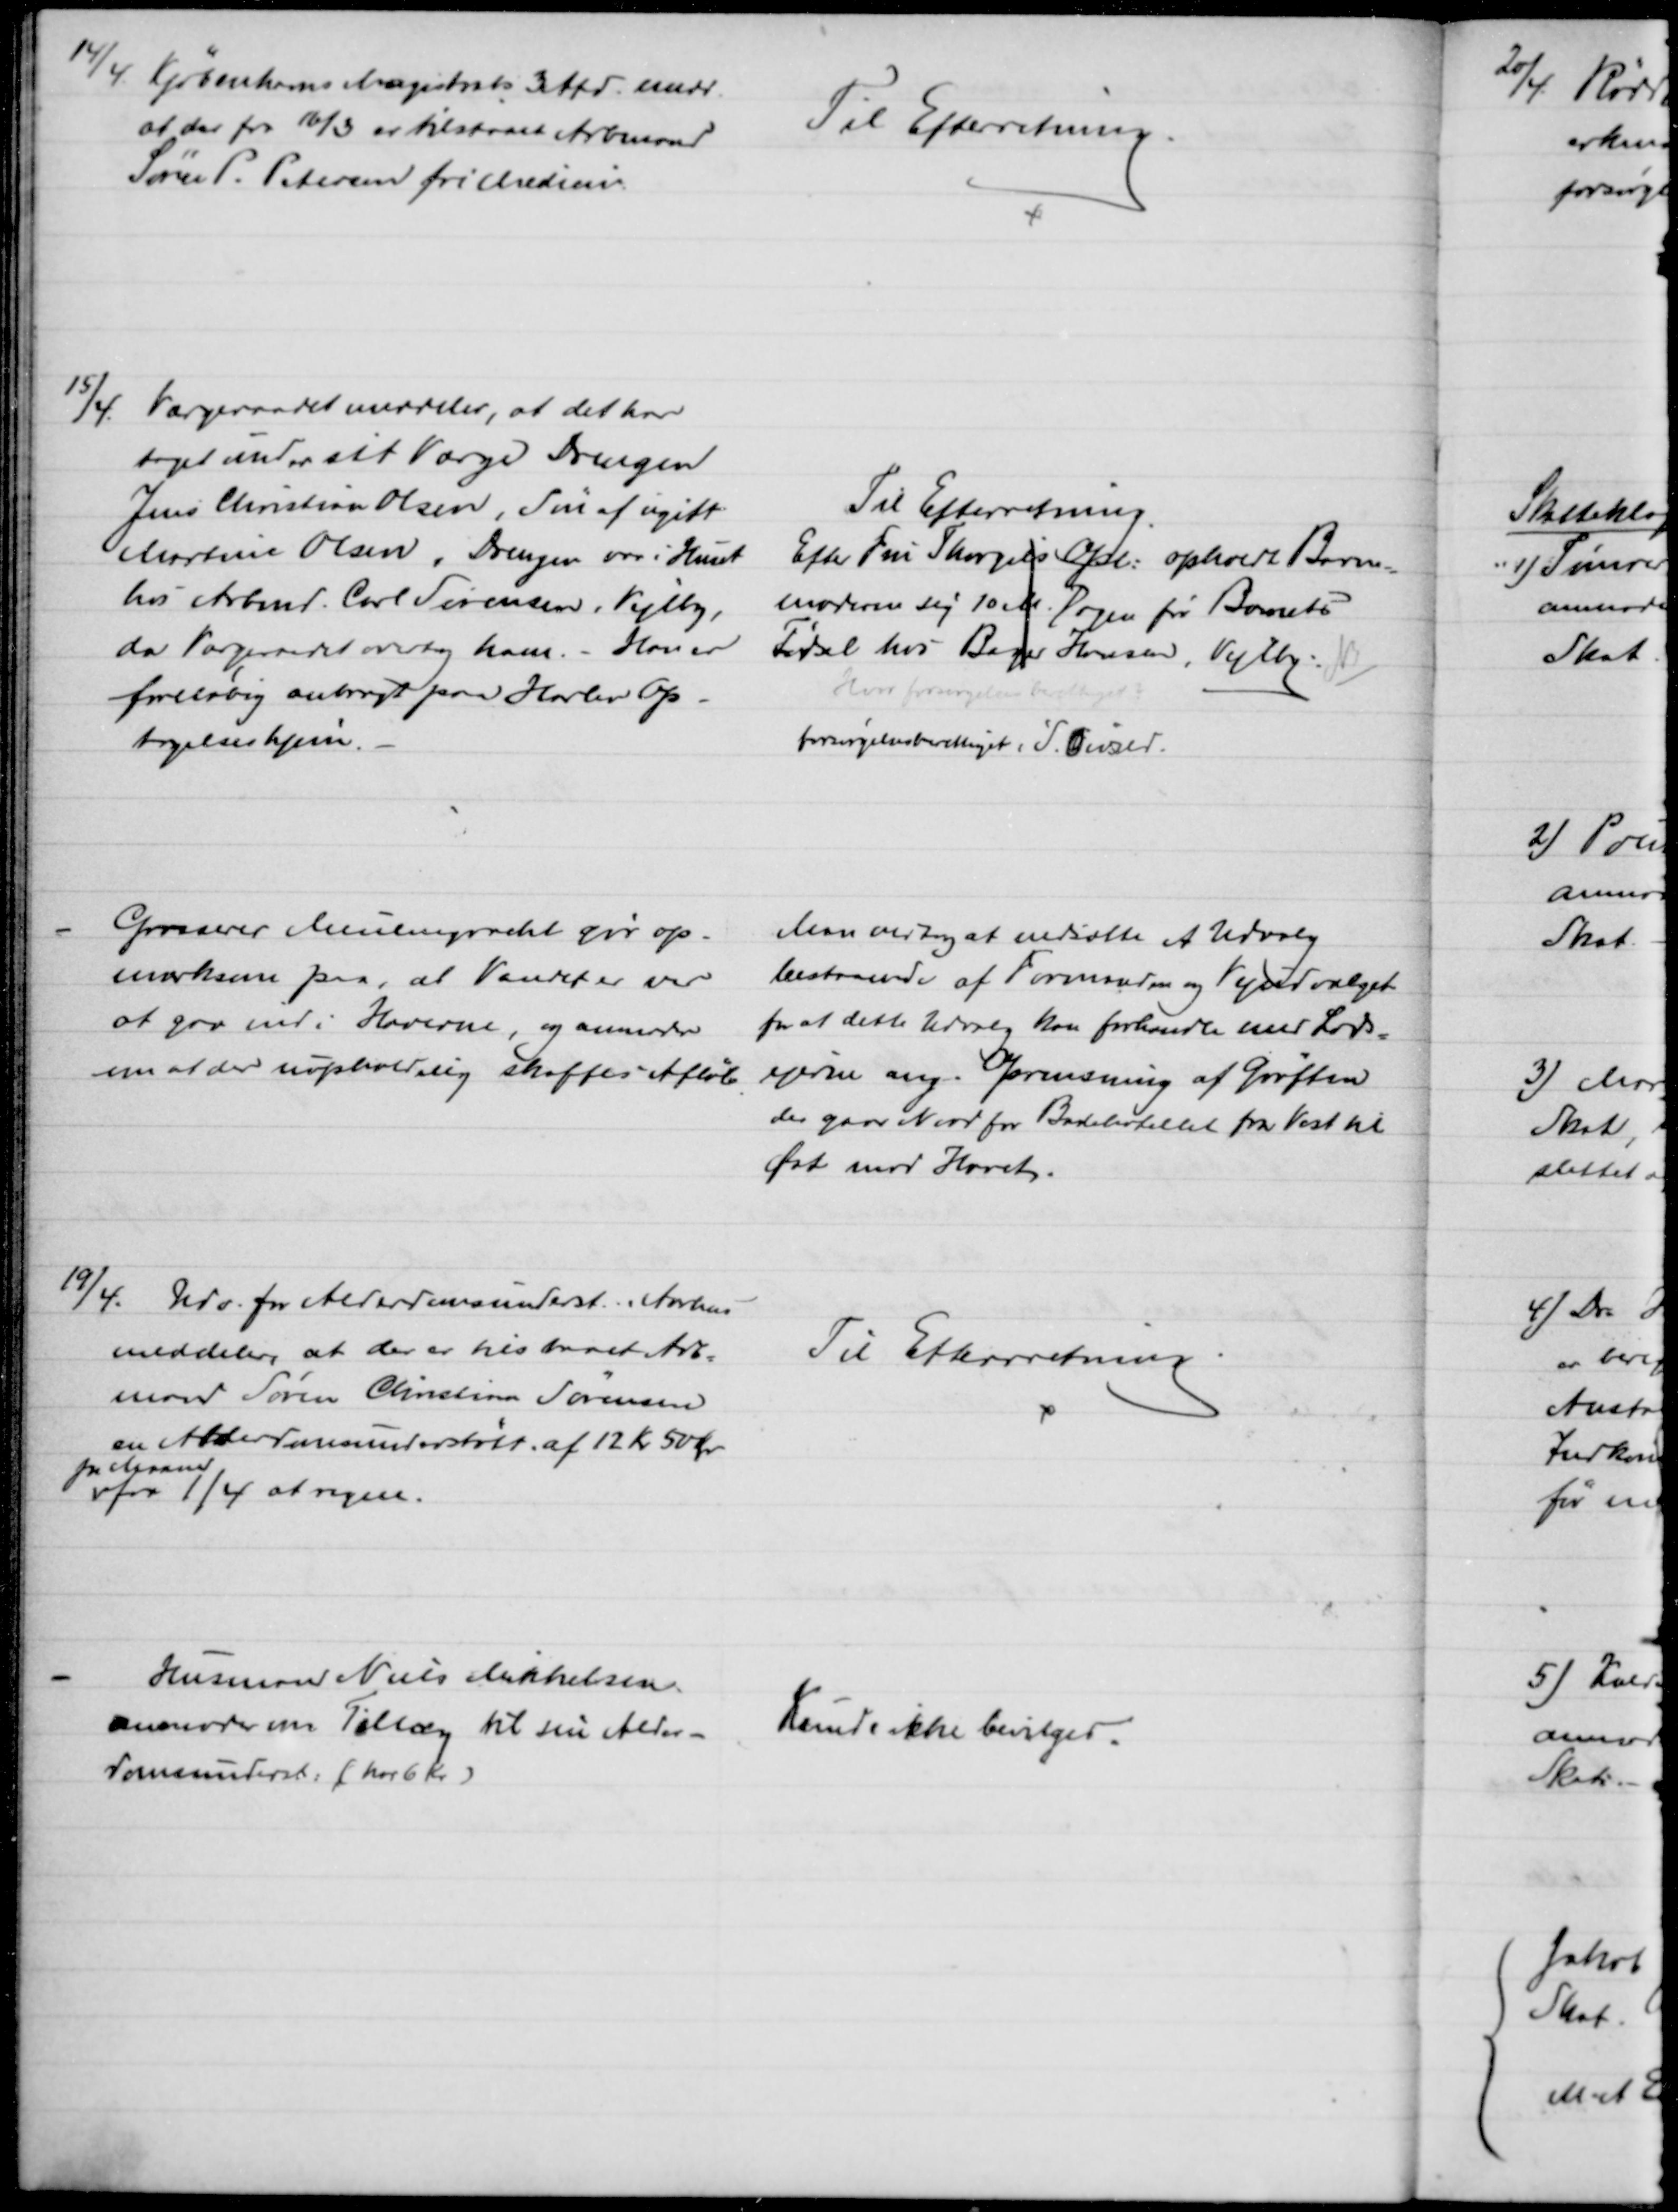
Transskription:
14/4 Kjøbenhavns Magistrats 3 Afd. medd.
at der fra 16/3 er tilstaaet Arbmand
Søren P. Petersen fri Medicin.
Til Efterretning.
15/4 Værgeraadet meddeler, at det har
taget under sit Værge Drengen
Jens Christian Olsen, Søn af ugift
Martine Olsen, Drengen var i Huset
hos Arbmd. Carl Sørensen, Vejlby,
da Værgeraadet overtog ham. - Han er
foreløbig anbragt paa Harlev Op-
tagelseshjem.
Til Efterretning.
Efter Fru Thorgils Opl. opholdt Barne-
moderen sig 10 M. Dagen for Barnets
Fødsel hos Bager Hansen, Vejlby. NB
Hvor forsørgelsesberettiget?
forsørgelsesberettiget i S. Onsild.
Grosserer Meulengracht gør op-
mærksom paa, at Vandet er ved
at gaa ind i Haverne, og anmoder
om at der uopholdelig skaffes Afløb
Man vedtog at nedsætte et Udvalg
bestaaende af Formanden og Vejudvalget
for at dette Udvalg kan forhandle med Lods=
ejerne ang. Oprensning af Grøften
der gaar Nord for Badehotellet fra Vest til 
Øst mod Havet.
19/4. Udv. for Alderdomsunderst. i Aarhus
meddeler, at der er tilstaaet Arb=
mand Søren Christian Sørensen
en Alderdomsunderstøtt. af 12 Kr 50 Ør
pr Maaned
fra 1/4 at regne.
Til Efterretning
Husmand Niels Mikkelsen
anmoder om Tillæg til sin Alder-
domsunderst. (har 6 Kr.)
Kunde ikke bevilges.